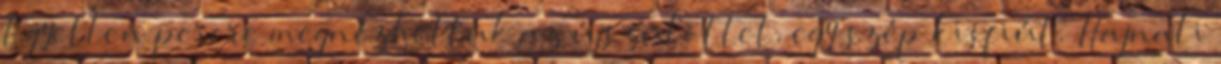
Egyetlen percre megnézhettük az újszülöttet, egy szép kisfiút. Hajnali